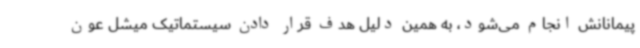
پیمانانش انجام می‌شود، به همین دلیل هدف قرار دادن سیستماتیک میشل عون